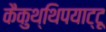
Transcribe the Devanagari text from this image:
कैकुथ्थिपयाट्टू